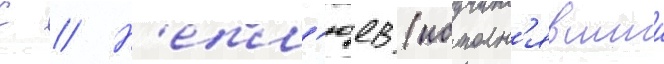
С // Н'епл'юев (исполн'явшии